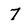
Character: 7